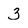
Character: 3